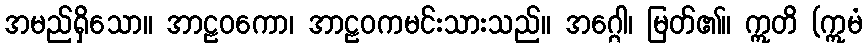
အမည်ရှိသော။ အာဠဝကော၊ အာဠဝကမင်းသားသည်။ အဂ္ဂေါ၊ မြတ်၏။ ဣတိ (ဣမံ